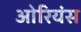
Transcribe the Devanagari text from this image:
ओरियंस